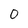
Character: O